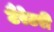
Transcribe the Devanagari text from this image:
टैरेटरी